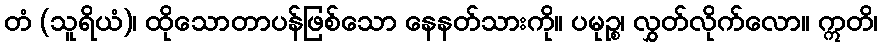
တံ (သူရိယံ)၊ ထိုသောတာပန်ဖြစ်သော နေနတ်သားကို။ ပမုဉ္စ၊ လွှတ်လိုက်လော။ ဣတိ၊